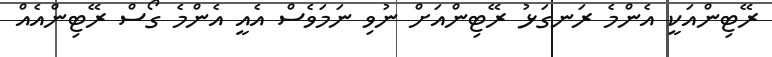
ރޭޓިންއަކީ އެންމެ ރަނގަޅު ރޭޓިންއަށް ނުވި ނަމަވެސް އެއީ އެންމެ ގޯސް ރޭޓިންއެއް